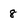
Character: 8